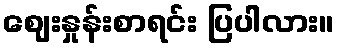
ဈေးနှုန်းစာရင်း ပြပါလား။